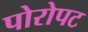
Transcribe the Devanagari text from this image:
पोरोपट